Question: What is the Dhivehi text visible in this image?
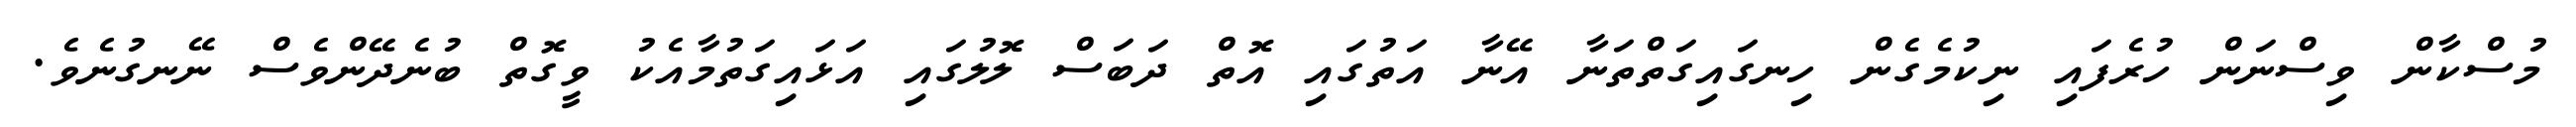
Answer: މުސްކާން ވިސްނަން ހުރެފައި ނިކުމެގެން ހިނގައިގަތްތަނާ އޭނާ އަތުގައި އޮތް ދަބަސް ލޮލުގައި އަޅައިގަތުމާއެކު ވީގޮތް ބުނެދޭންވެސް ނޭނގުނެވެ.